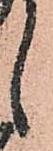
候